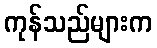
ကုန်သည်များက